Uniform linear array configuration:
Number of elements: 8
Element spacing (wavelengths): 0.75
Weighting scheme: uniform
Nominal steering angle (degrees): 15
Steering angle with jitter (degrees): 16.325
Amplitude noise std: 0.05
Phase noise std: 0.05

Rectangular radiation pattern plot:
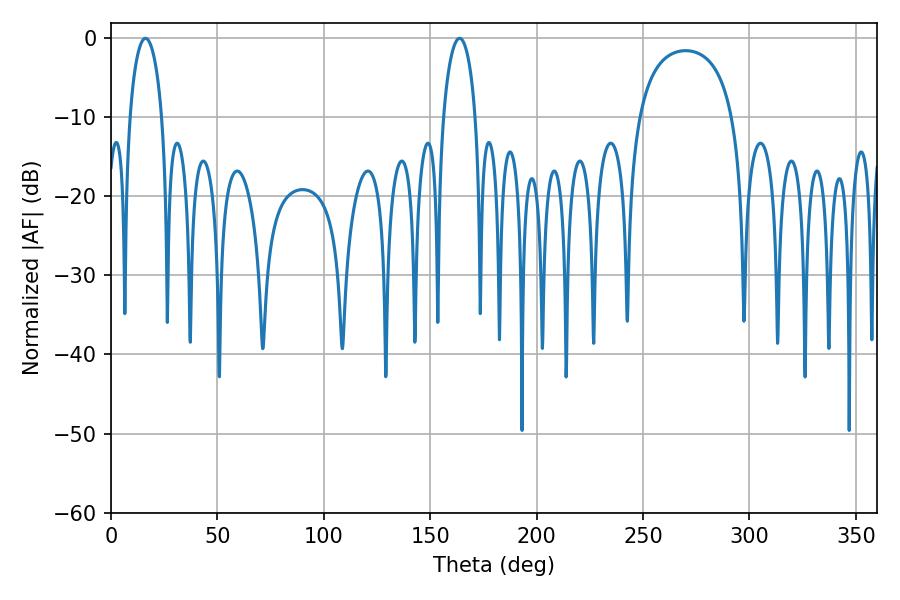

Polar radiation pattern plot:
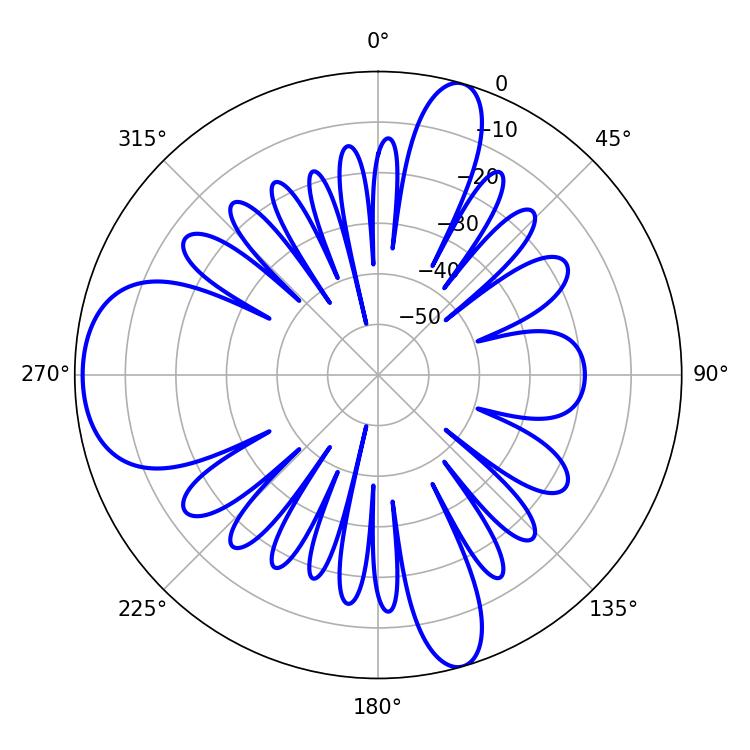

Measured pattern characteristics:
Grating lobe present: TRUE
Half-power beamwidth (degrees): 8.64
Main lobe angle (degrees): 16.2